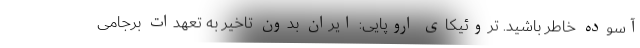
آسوده خاطر باشید. تروئیکای اروپایی: ایران بدون تاخیر به تعهدات برجامی